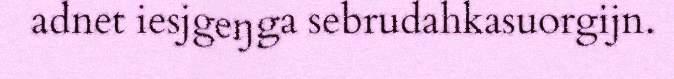
adnet iesjgeŋga sebrudahkasuorgijn.